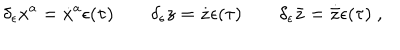
LaTeX: \delta _ { \epsilon } x ^ { a } = \dot { x } ^ { a } \epsilon ( \tau ) \qquad \delta _ { \epsilon } z = \dot { z } \epsilon ( \tau ) \qquad \delta _ { \epsilon } \bar { z } = \dot { \bar { z } } \epsilon ( \tau ) \; ,